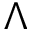
\Lambda